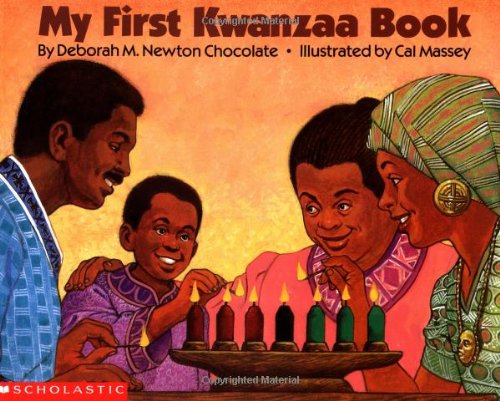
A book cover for My First Kwanzaa Book; Deborah Chocolate; Children's Books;